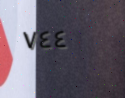
٧٤٤